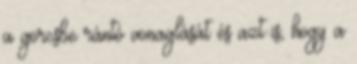
a görcsbe rántó vonaglását és azt is, hogy a